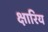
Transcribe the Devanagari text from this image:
क्षारिय